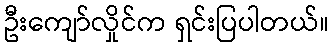
ဦးကျော်လှိုင်က ရှင်းပြပါတယ်။